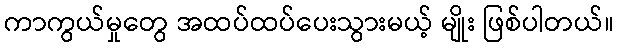
ကာကွယ်မှုတွေ အထပ်ထပ်ပေးသွားမယ့် မျိုး ဖြစ်ပါတယ်။